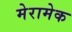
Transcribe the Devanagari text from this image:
मेरामेक